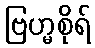
ဗြဟ္မစိုရ်